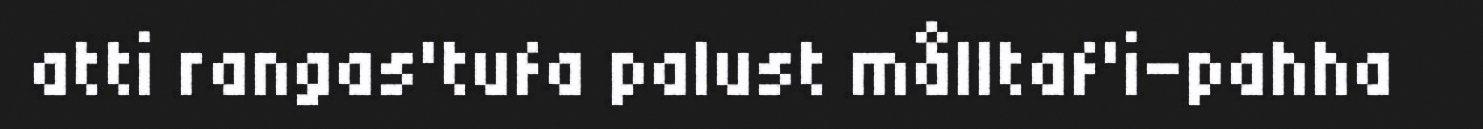
atti rangas'tufa palust målltaf'i-pahha